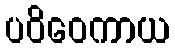
ပဝိဝေကာယ